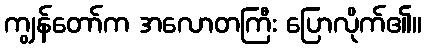
ကျွန်တော်က အလောတကြီး ပြောလိုက်၏။